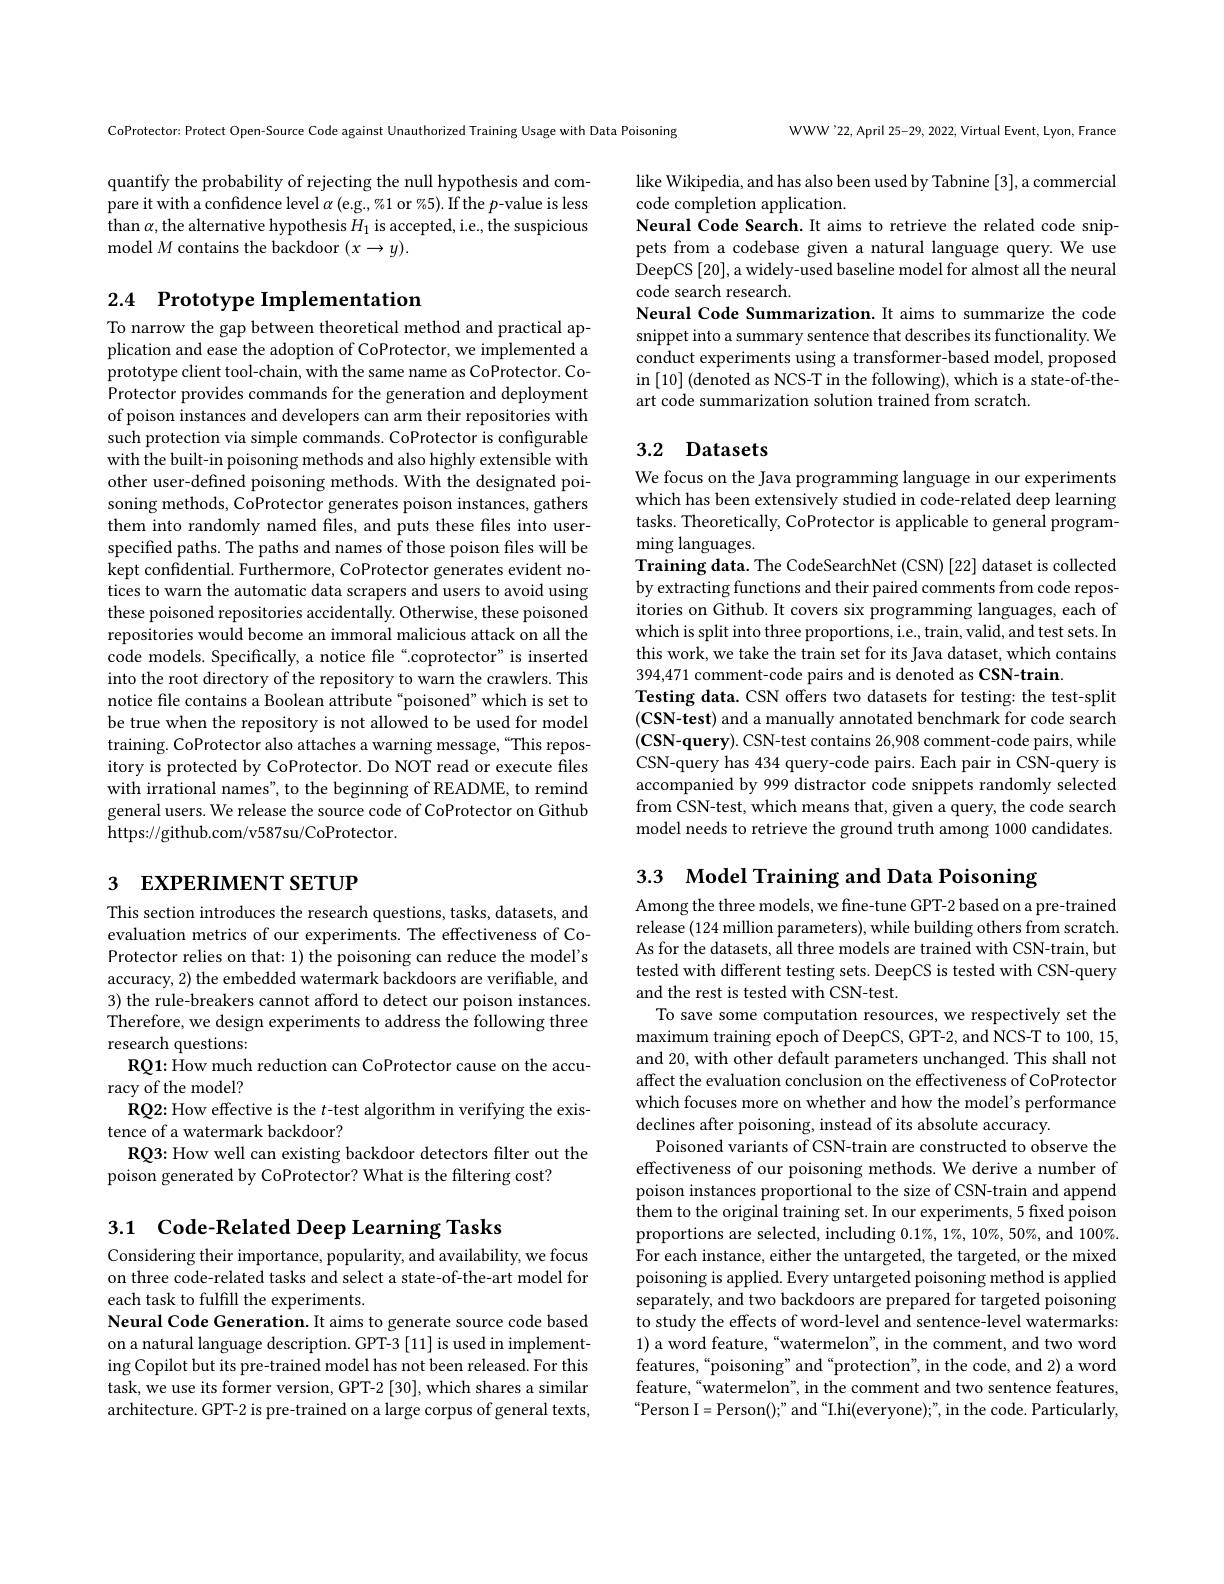
quantify the probability of rejecting the null hypothesis and compare it with a confidence level $\alpha$ (e.g., %1 or %5). If the $p$-value is less than $\alpha$,the alternative hypothesis $H_1$ is accepted, i.e, the suspicious model $M$ contains the backdoor $(x\to y).$

## 2.4 Prototype Implementation

To narrow the gap between theoretical method and practical application and ease the adoption of CoProtector, we implemented a prototype client tool-chain, with the same name as CoProtector. CoProtector provides commands for the generation and deployment of poison instances and developers can arm their repositories with such protection via simple commands. CoProtector is configurable with the built-in poisoning methods and also highly extensible with other user-defined poisoning methods. With the designated poisoning methods, CoProtector generates poison instances, gathers them into randomly named files, and puts these files into userspecified paths. The paths and names of those poison files will be kept confidential. Furthermore, CoProtector generates evident notices to warn the automatic data scrapers and users to avoid using these poisoned repositories accidentally. Otherwise, these poisoned repositories would become an immoral malicious attack on all the code models. Specifically, a notice file“coprotector”is inserted into the root directory of the repository to warn the crawlers. This notice fle contains a Boolean attribute “poisoned”which is set to be true when the repository is not allowed to be used for model training. CoProtector also attaches a warning message,“This repository is protected by CoProtector. Do NOT read or execute files with irrational names", to the beginning of README, to remind general users. We release the source code of CoProtector on Github https://github.com/v587su/CoProtector.

# 3 EXPERIMENT SETUP

This section introduces the research questions, tasks, datasets, and evaluation metrics of our experiments. The effectiveness of CoProtector relies on that: 1) the poisoning can reduce the model's accuracy, 2) the embedded watermark backdoors are verifiable, and 3) the rule-breakers cannot afford to detect our poison instances. Therefore, we design experiments to address the following three research questions:
RQ1: How much reduction can CoProtector cause on the accu-
racy of the model?
RQ2: How effective is the $t$-test algorithm in verifying the exis-
tence of a watermark backdoor?
RQ3: How well can existing backdoor detectors filter out the
poison generated by CoProtector? What is the filtering cost?

3.1 Code-Related Deep Learning Tasks

Considering their importance, popularity, and availability, we focus on three code-related tasks and select a state-of-the-art model for each task to fulfill the experiments.
Neural Code Generation. It aims to generate source code based on a natural language description. GPT-3 [11] is used in implementing Copilot but its pre-trained model has not been released. For this task, we use its former version, GPT-2 [30], which shares a similar architecture. GPT-2 is pre-trained on a large corpus of general texts,

WWW'22,April 25-29, 2022, Virtual Event, Lyon, France

CoProtector: Protect Open-Source Code against Unauthorized Training Usage with Data Poisoning

like Wikipedia, and has also been used by Tabnine [3], a commercial
code completion application.
Neural Code Search.It aims to retrieve the related code snippets from a codebase given a natural language query.We use DeepCS [20], a widely-used baseline model for almost all the neural code search research.
Neural Code Summarization. It aims to summarize the code snippet into a summary sentence that describes its functionality. We conduct experiments using a transformer-based model, proposed in $\left[10\right]$(denoted as NCS-T in the following), which is a state-of-theart code summarization solution trained from scratch.

## 3.2 Datasets

We focus on the Java programming language in our experiments which has been extensively studied in code-related deep learning tasks. Theoretically, CoProtector is applicable to general program- $\operatorname*{ming}$languages
Training data. The CodeSearchNet (CSN) [22] dataset is collected by extracting functions and their paired comments from code repositories on Github. It covers six programming languages, each of which is split into three proportions, i.e., train, valid, and test sets. In this work, we take the train set for its Java dataset, which contains 394,471 comment-code pairs and is denoted as CSN-train
Testing data. CSN offers two datasets for testing: the test-split (CSN-test) and a manually annotated benchmark for code search $(\mathbf{CSN-query}).$ CSN-test contains 26,908 comment-code pairs, while CSN-query has 434 query-code pairs. Each pair in CSN-query is accompanied by 999 distractor code snippets randomly selected from CSN-test, which means that, given a query, the code search model needs to retrieve the ground truth among 1000 candidates.

3.3 Model Training and Data Poisoning

Among the three models, we fine-tune GPT-2 based on a pre-trained release (124 million parameters), while building others from scratch. As for the datasets, all three models are trained with CSN-train, but tested with different testing sets. DeepCS is tested with CSN-query and the rest is tested with CSN-test.
To save some computation resources, we respectively set the maximum training epoch of DeepCS, GPT-2, and NCS-T to 100, 15, and 20, with other default parameters unchanged. This shall not affect the evaluation conclusion on the effectiveness of CoProtector which focuses more on whether and how the model's performance declines after poisoning, instead of its absolute accuracy.
Poisoned variants of CSN-train are constructed to observe the effectiveness of our poisoning methods. We derive a number of poison instances proportional to the size of CSN-train and append them to the original training set. In our experiments, 5 fixed poison proportions are selected, including $0.1\%,1\%,10\%,50\%$, and $100\%.$ For each instance, either the untargeted, the targeted, or the mixed poisoning is applied. Every untargeted poisoning method is applied separately, and two backdoors are prepared for targeted poisoning to study the effects of word-level and sentence-level watermarks: 1) a word feature, “watermelon", in the comment, and two word features,“poisoning”and“protection", in the code, and 2) a word feature,“watermelon”, in the comment and two sentence features, $“$Person I=Person();" and “I.hi(everyone);”, in the code. Particularly,